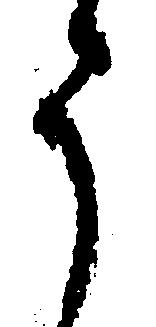
う